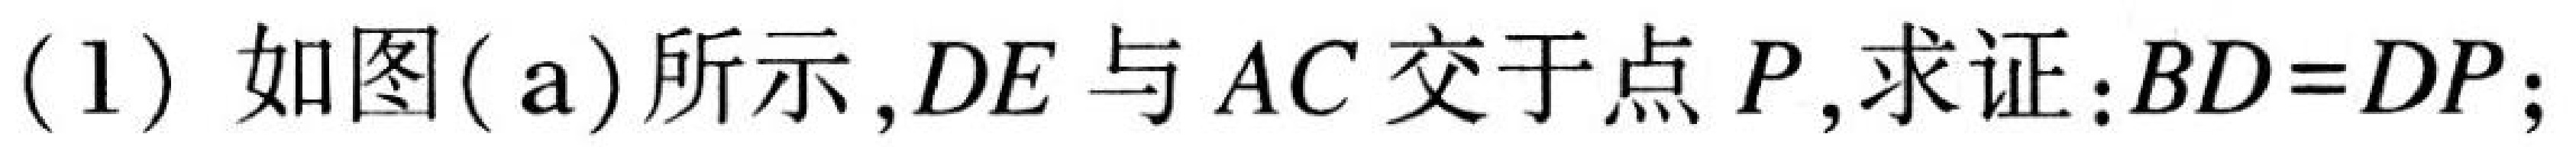
(1) 如图(a)所示，\(DE\)与\(AC\)交于点\(P\), 求证：\(BD = DP\);